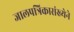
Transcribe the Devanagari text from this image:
जालपत्रिकासंख्येने